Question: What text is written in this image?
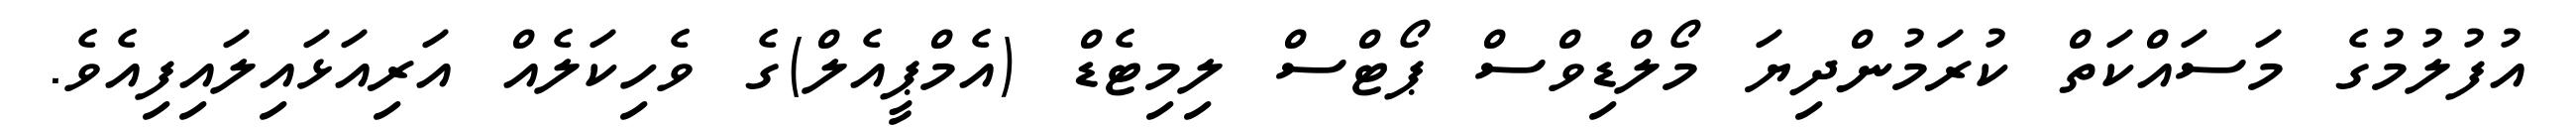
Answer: އުފުލުމުގެ މަސައްކަތް ކުރަމުންދިޔަ މޯލްޑިވްސް ޕޯޓްސް ލިމިޓެޑް (އެމްޕީއެލް)ގެ ވެހިކަލެއް އަރިއަޅައިލައިފިއެވެ.